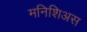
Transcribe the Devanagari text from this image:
मनिशिअस